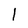
Character: l